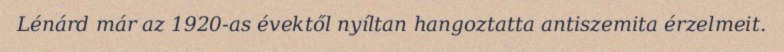
Lénárd már az 1920-as évektől nyíltan hangoztatta antiszemita érzelmeit.